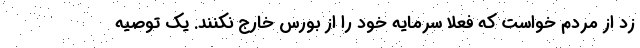
زد از مردم خواست که فعلا سرمایه خود را از بورس خارج نکنند. یک توصیه